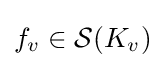
f_{v}\in {\mathcal {S}}(K_{v})